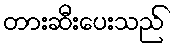
တားဆီးပေးသည်